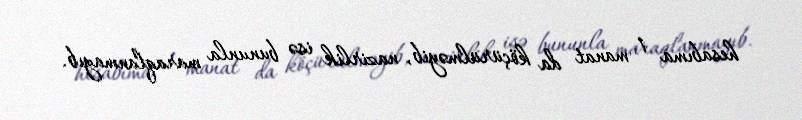
hesabıma 1 manat da köçürülməyib, nazirlik isə bununla maraqlanmayıb.